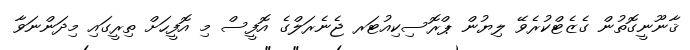
ޤާނޫނީގޮތުން ގެޒެޓްކުރެވޭ ލިޔުން ޕްރޮސިކިއުޓަރ ޖެނެރަލްގެ އޮފީސް މި އޮފީހަށް ތިރީގައި މިދަންނަވާ